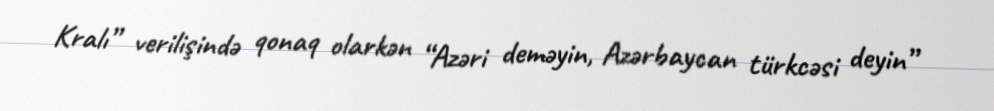
Kralı” verilişində qonaq olarkən “Azəri deməyin, Azərbaycan türkcəsi deyin”